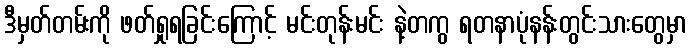
ဒီမှတ်တမ်းကို ဖတ်ရှုရခြင်းကြောင့် မင်းတုန်းမင်း နဲ့တကွ ရတနာပုံနန်းတွင်းသားတွေမှာ